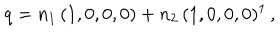
LaTeX: q = n _ { 1 } \, ( 1 , 0 , 0 , 0 ) + n _ { 2 } \, ( 1 , 0 , 0 , 0 ) ^ { 1 } \, ,